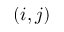
( i , j )